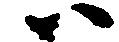
ハ